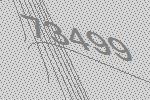
73499